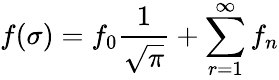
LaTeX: f(\sigma)=f_{0}\frac{1}{\sqrt{\pi}}+\sum_{r=1}^{\infty}f_{n}